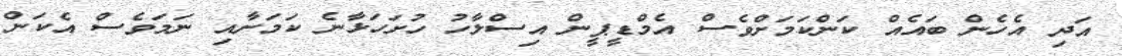
އަދި އެހެން ބައެއް ކަންކަމަށްވެސް އެމްޑީޕީން އިސްލާހު ހުށަހަޅާނެ ކަމަށާއި ނަމަވެސް އެކަން